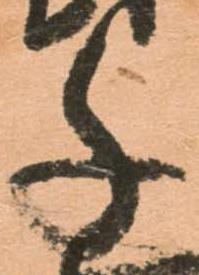
千